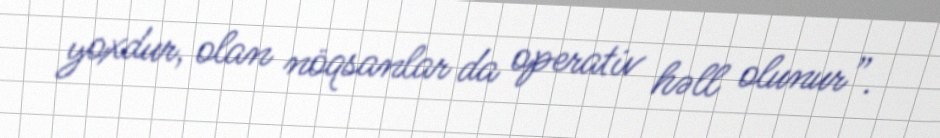
yoxdur, olan nöqsanlar da operativ həll olunur”.